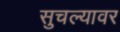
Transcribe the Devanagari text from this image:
सुचल्यावर